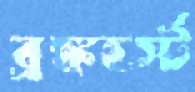
ব্রঙ্কহর্স্ট